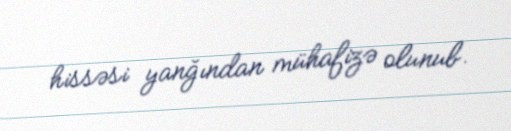
hissəsi yanğından mühafizə olunub.